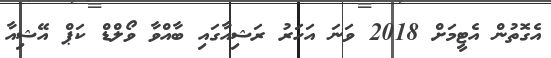
އެގޮތުން އެޓީމަށް 2018 ވަނަ އަހަރު ރަޝިއާގައި ބާއްވާ ވޯލްޑް ކަޕް އޭޝިއާ